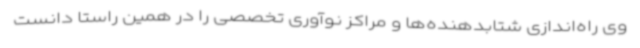
وی راه‌اندازی شتابدهنده‌ها و مراکز نوآوری تخصصی را در همین راستا دانست